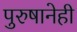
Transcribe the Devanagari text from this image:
पुरुषानेही